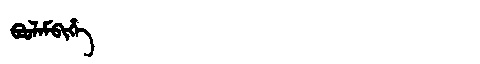
Manchu: ᠪᠣᠣᠯᠠᠮᠪᡳᡥᡝ
Romanization: BOOLAMBIHE